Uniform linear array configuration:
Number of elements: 16
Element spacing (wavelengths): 0.5
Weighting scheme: hann
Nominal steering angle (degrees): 45
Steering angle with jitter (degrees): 45.727
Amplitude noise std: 0.05
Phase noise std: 0.05

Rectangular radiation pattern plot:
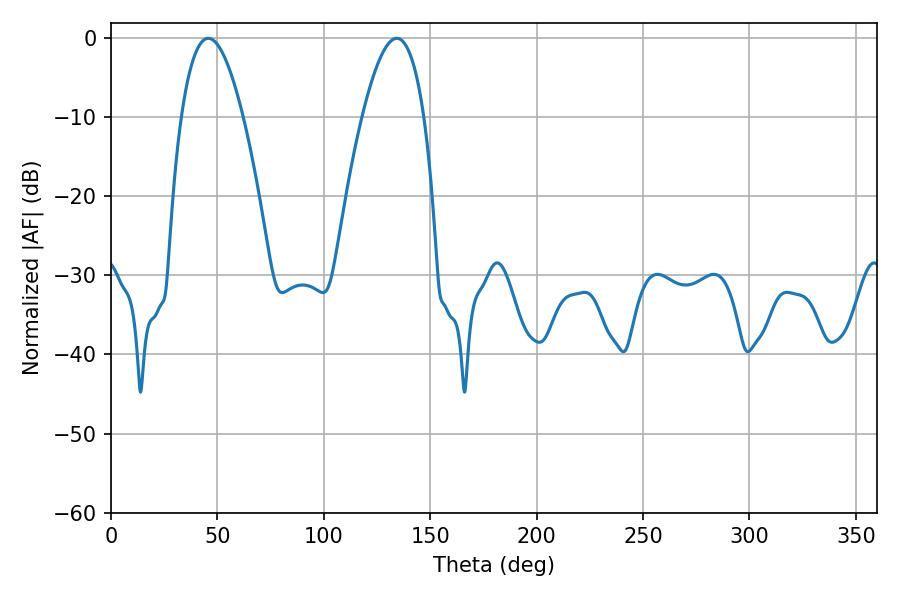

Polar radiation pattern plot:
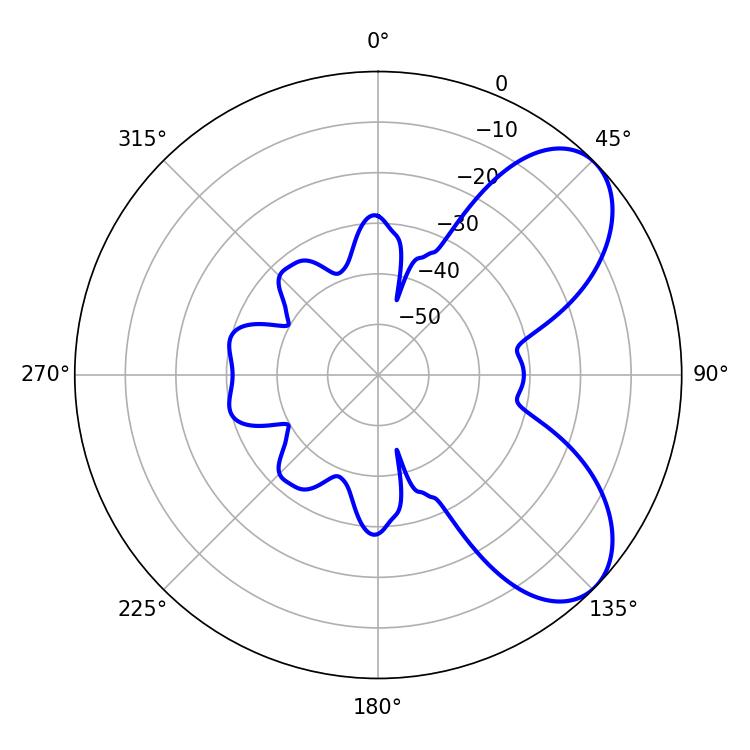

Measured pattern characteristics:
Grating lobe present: FALSE
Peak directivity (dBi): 6.66
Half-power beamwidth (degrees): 15.84
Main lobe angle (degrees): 45.72